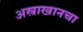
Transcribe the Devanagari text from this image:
अस्त्राखानचा